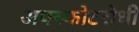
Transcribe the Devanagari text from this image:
अपस्फोटरोधी